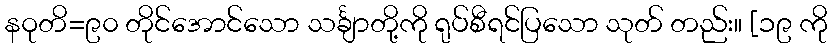
နဝုတိ=၉၀ တိုင်အောင်သော သင်္ချာတို့ကို ရုပ်စီရင်ပြသော သုတ် တည်း။ [၁၉ ကို